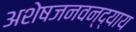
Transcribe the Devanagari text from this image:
अशेषजनवन्द्याय